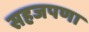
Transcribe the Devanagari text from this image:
सहजपणा